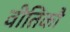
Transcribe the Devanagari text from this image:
वीतिकौ